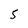
Character: 5